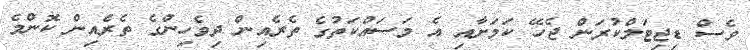
ވެސް ޑިޖިޓަލްކުރަން ޖެހޭ ކަމަށާއި އެ މަސައްކަތުގެ ތެރެއިން ދިވެހިންގެ ތެރެއިން ކޮންމެ